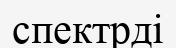
спектрді